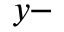
y -